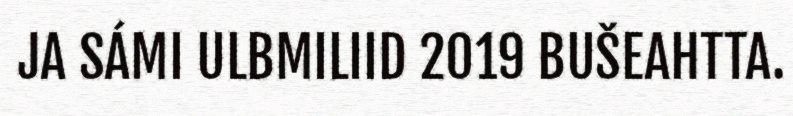
JA SÁMI ULBMILIID 2019 BUŠEAHTTA.